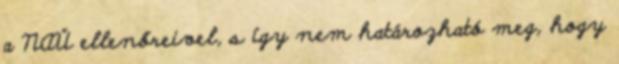
a NAÜ ellenőreivel, s így nem határozható meg, hogy